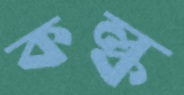
কল্ক